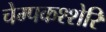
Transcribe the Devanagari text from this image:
चेम्पकश्शेरि